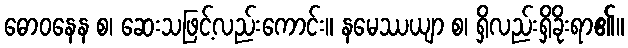
ဓောဝနေန စ၊ ဆေးသဖြင့်လည်းကောင်း။ နမေဿယျာ စ၊ ရှိလည်းရှိခိုးရာ၏။